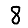
Digit: 8